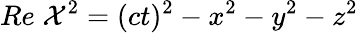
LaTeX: Re\; {\cal X}^{2}=(ct)^{2}-x^{2}-y^{2}-z^{2}